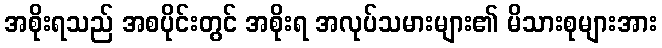
အစိုးရသည် အစပိုင်းတွင် အစိုးရ အလုပ်သမားများ၏ မိသားစုများအား